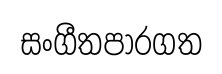
සංගීතපාරගත